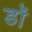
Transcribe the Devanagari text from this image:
डॉ